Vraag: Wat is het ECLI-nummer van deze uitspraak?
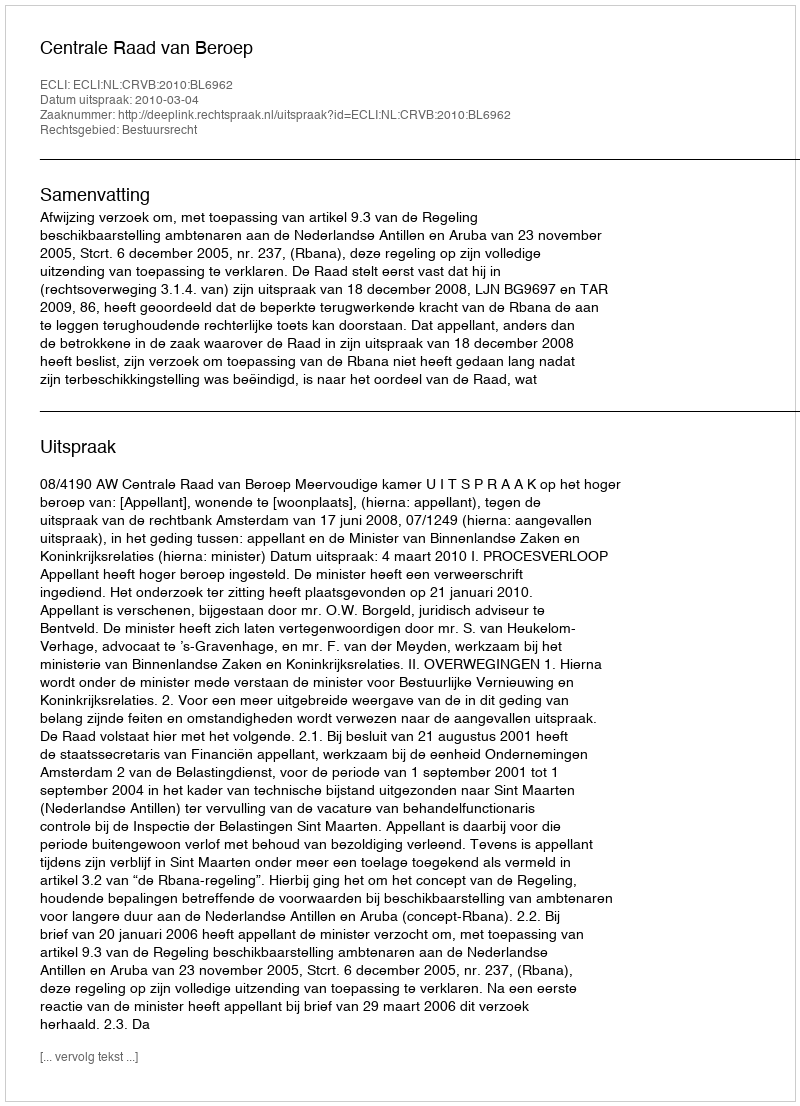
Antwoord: ECLI:NL:CRVB:2010:BL6962